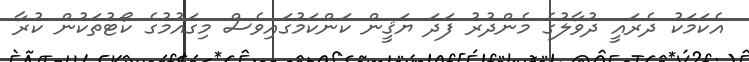
އެކަމަކު ދެރައީ ދުވާލުގެ މެންދުރު ފަދަ ޔަޤީން ކަންކަމުގައިވެސް މިގައުމުގެ ކޯޓުތަކުން ކުރާ